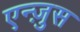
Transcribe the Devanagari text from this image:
एन्ज़ुस